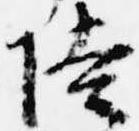
陸